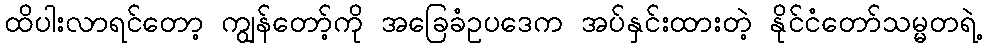
ထိပါးလာရင်တော့ ကျွန်တော့်ကို အခြေခံဥပဒေက အပ်နှင်းထားတဲ့ နိုင်ငံတော်သမ္မတရဲ့